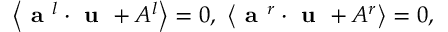
\left\langle \textbf { a } ^ { l } \cdot \textbf { u } + A ^ { l } \right\rangle = 0 , ~ \left\langle \textbf { a } ^ { r } \cdot \textbf { u } + A ^ { r } \right\rangle = 0 ,